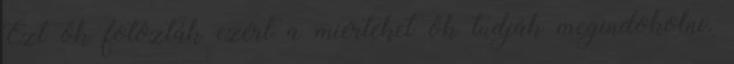
Ezt ők fotózták ezért a miérteket ők tudják megindokolni.